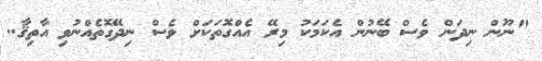
"ނޫން ނިދަން ވެސް ބޭނުން އެކަމަކު މިރޭ އެއްގޮތަކަށް ވެސް ނިދޭގޮތެއްނުވި އާތިޤާ..